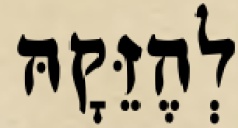
לְהֶזֵּקָהּ